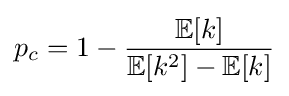
p_{c}=1-{\frac {\mathbb {E} [k]}{\mathbb {E} [k^{2}]-\mathbb {E} [k]}}